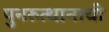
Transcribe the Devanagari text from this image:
पुनरुत्थानाची